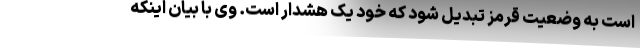
است به وضعیت قرمز تبدیل شود که خود یک هشدار است. وی با بیان اینکه